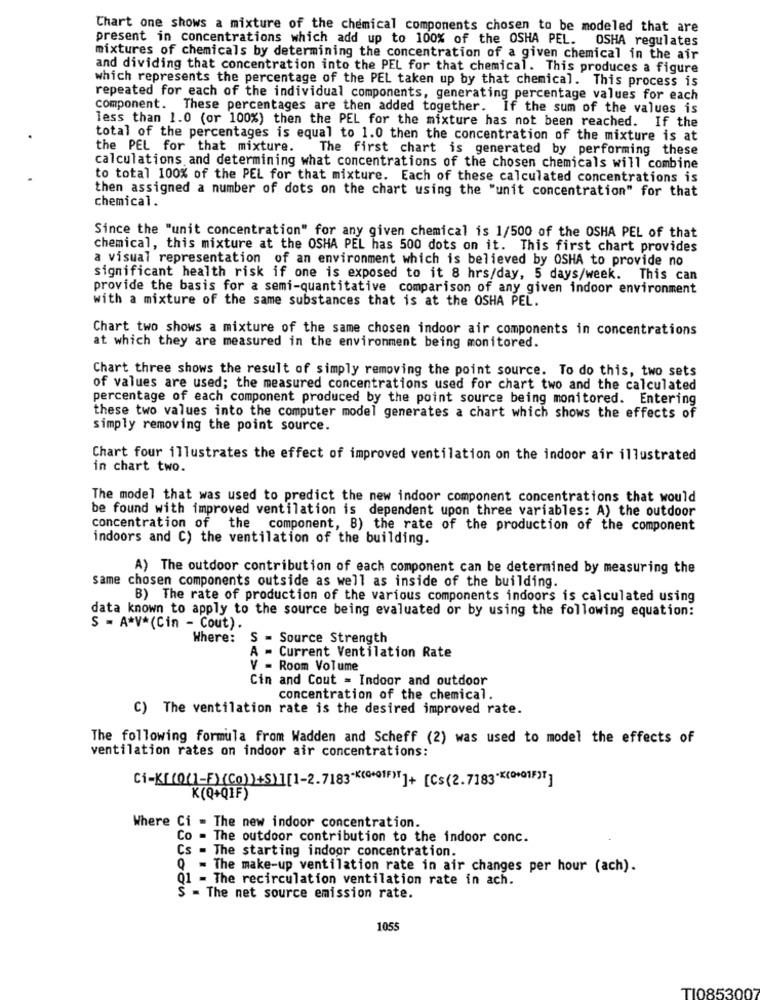
Chart one shows a mixture of the chemical components chosen to be modeled that are
present in concentrations which add up to 100% of the OSHA PEL. OSHA regulates
mixtures of chemicals by determining the concentration of a given chemical in the air
and dividing that concentration into the PEL for that chemical. This produces a figure
which represents the percentage of the PEL taken up by that chemical. This process is
repeated for each of the individual components, generating percentage values for each
component. These percentages are then added together. If the sum of the values is
less than 1.0 (or 100%) then the PEL for the mixture has not been reached. If the
total of the percentages is equal to 1.0 then the concentration of the mixture is at
the PEL for that mixture. The first chart is generated by performing these
calculations and determining what concentrations of the chosen chemicals will combine
to total 100% of the PEL for that mixture. Each of these calculated concentrations is
then assigned a number of dots on the chart using the "unit concentration" for that
chemical.
Since the "unit concentration" for any given chemical is 1/500 of the OSHA PEL of that
chemical, this mixture at the OSHA PEL has 500 dots on it. This first chart provides
a visual representation of an environment which is believed by OSHA to provide no
significant health risk if one is exposed to it 8 hrs/day, 5 days/week. This can
provide the basis for a semi-quantitative comparison of any given indoor environment
with a mixture of the same substances that is at the OSHA PEL.
Chart two shows a mixture of the same chosen indoor air components in concentrations
at which they are measured in the environment being monitored.
Chart three shows the result of simply removing the point source. To do this, two sets
of values are used; the measured concentrations used for chart two and the calculated
percentage of each component produced by the point source being monitored. Entering
these two values into the computer model generates a chart which shows the effects of
simply removing the point source.
Chart four illustrates the effect of improved ventilation on the indoor air illustrated
in chart two.
The model that was used to predict the new indoor component concentrations that would
be found with improved ventilation is dependent upon three variables: A) the outdoor
concentration of the component, B) the rate of the production of the component
indoors and C) the ventilation of the building.
A) The outdoor contribution of each component can be determined by measuring the
same chosen components outside as well as inside of the building.
B) The rate of production of the various components indoors is calculated using
data known to apply to the source being evaluated or by using the following equation:
S - A*V*(Cin - Cout).
Where: S = Source Strength
A
- Current Ventilation Rate
V = Room Volume
Cin and Cout = Indoor and outdoor
concentration of the chemical
C) The ventilation rate is the desired improved rate.
The following formula from Wadden and Scheff (2) was used to model the effects of
ventilation rates on indoor air concentrations:
Ci-K[(Q[]-F){Co)>+S>][1-2.7183-k(G+01F)[]+ [Cs(2.7183 ** (0+01F)]]
K(Q+QIF)
Where Ci - The new indoor concentration.
Co - The outdoor contribution to the indoor conc.
Cs - The starting indoor concentration.
Q = The make-up ventilation rate in air changes per hour (ach).
Q1 - The recirculation ventilation rate in ach.
S = The net source emission rate.
105
TI0853007